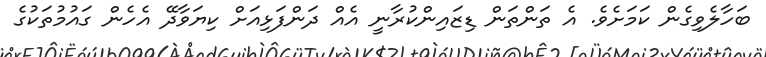
ބަހާލެވިގެން ކަމަށެވެ. އެ ތަންތަން ޑިޒައިންކުރާނީ އެއް ދަންފަޅިއަށް ކިޔަވާދޭ އެހެން ގައުމުތަކުގެ